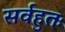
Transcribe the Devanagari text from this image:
सर्वहुतः